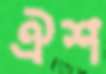
ঐশ